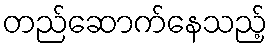
တည်ဆောက်နေသည့်